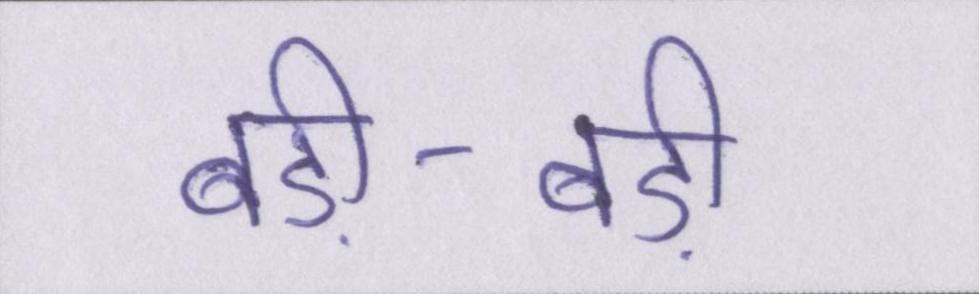
बड़ी-बड़ी